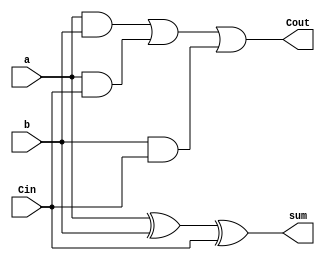
`timescale 1ns / 1ps

module cs_adder(
	a, b, Cin, sum, Cout
);

parameter bits = 4;

input wire [bits-1:0] a;
input wire [bits-1:0] b;
input wire [bits-1:0] Cin;
output wire [bits-1:0] sum;
output wire [bits-1:0] Cout;

assign sum = a ^ b ^ Cin;
assign Cout = (a & b) | (a & Cin) | (b & Cin);

endmodule